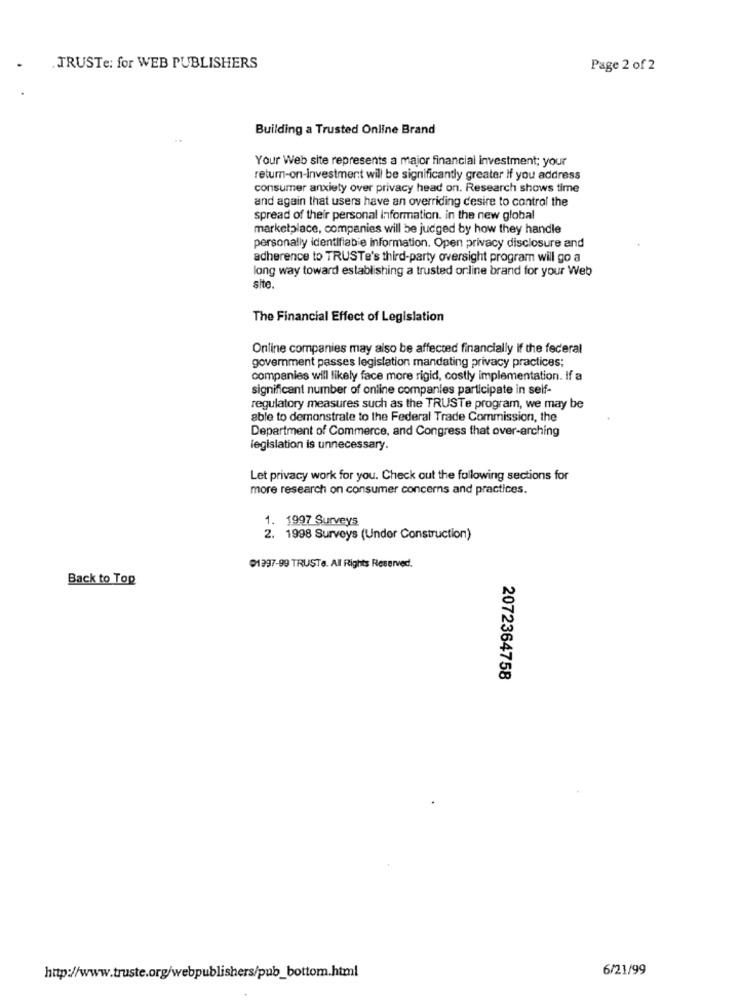
.TRUSTe: for WEB PUBLISHERS
Page 2 of 2
Building a Trusted Online Brand
Your Web site represents a maior financial investment; your
return-on-Investment will be significantly greater If you address
consumer anxiety over privacy head on. Research shows time
and again that users have an overriding desire to control the
spread of their personal information. in the new global
marketplace, companies will be judged by how they handle
personally identifiable information. Open privacy disclosure and
adherence to TRUSTe's third-party oversight program will go a
long way toward establishing a trusted online brand for your Web
site.
The Financial Effect of Legislation
Online companies may also be affected financially if the federal
government passes legislation mandating privacy practices;
companies will likely face more rigid, costly implementation. If a
significant number of online companies participate in self-
regulatory measures such as the TRUSTe program, we may be
able to demonstrate to the Federal Trade Commission, the
Department of Commerce, and Congress that over-arching
legislation is unnecessary.
Let privacy work for you. Check out the following sections for
more research on consumer concerns and practices.
1. 1997 Surveys
2. 1998 Surveys (Under Construction)
01397-99 TRUSTa. All Rights Reserved.
Back to Top
2072364758
http://www.truste.org/webpublishers/pub_bottom.html
6/21/99